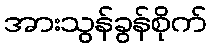
အားသွန်ခွန်စိုက်